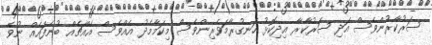
ސަރުކާރުންވެސް އަދި ސަރުކާރާ އިދިކޮޅު ހަނގުރާމަވެރިންވެސް މިކަމާމެދު އެއްވެސް އެއްޗެއް ބުނެފައެއް ނުވެ